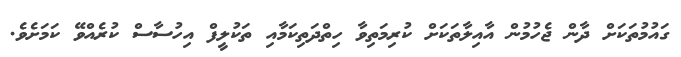
ގައުމުތަކަށް ދާން ޖެހުމުން އާއިލާތަކަށް ކުރިމަތިވާ ހިތްދަތިކަމާއި ތަކުލީފް އިހުސާސް ކުރެއްވޭ ކަމަށެވެ.